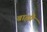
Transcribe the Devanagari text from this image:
बाह्मी